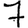
Digit: 7